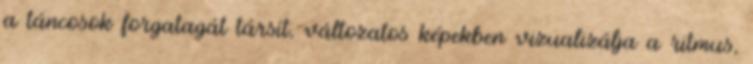
a táncosok forgatagát társít, változatos képekben vizualizálja a ritmus,